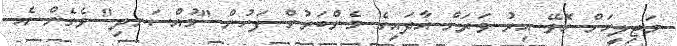
މަޖިލީހަށް ހޮވޭ އިރު ވަރަށް އާދައިގެ މެންބަރުން ފަހުން "މުއްސަނދި" ވެގެން އެ